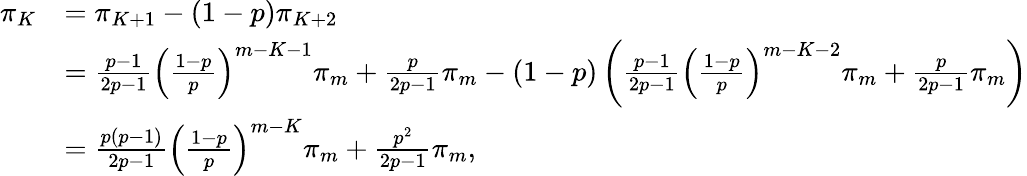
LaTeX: \begin{array}{rl}{\pi_{K}}&{=\pi_{K+1}-(1-p)\pi_{K+2}}\\ &{=\frac{p-1}{2p-1}\left(\frac{1-p}{p}\right)^{m-K-1}\pi_{m}+\frac{p}{2p-1}\pi_{m}-(1-p)\left(\frac{p-1}{2p-1}\left(\frac{1-p}{p}\right)^{m-K-2}\pi_{m}+\frac{p}{2p-1}\pi_{m}\right)}\\ &{=\frac{p(p-1)}{2p-1}\left(\frac{1-p}{p}\right)^{m-K}\pi_{m}+\frac{p^{2}}{2p-1}\pi_{m},}\end{array}